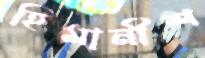
হিমানীশ